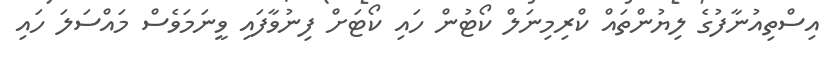
އިސްތިއުނާފުގެ ލިޔުންތައް ކްރިމިނަލް ކޯޓުން ހައި ކޯޓަށް ފިނުވާފައި ވީނަމަވެސް މައްސަލަ ހައި